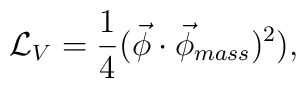
\mathcal{L}_{V}=\frac{1}{4} (\vec\phi\cdot\vec\phi_{mass})^{2}),